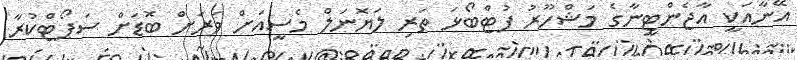
އޭނާއަކީ އާޖެންޓީނާގެ މަޝްހޫރު ފުޓްބޯޅަ ތަރި ލަޔޮނަލް މެސީއަށް ވަރަށް ބޮޑަށް ސަޕޯޓްކުރާ